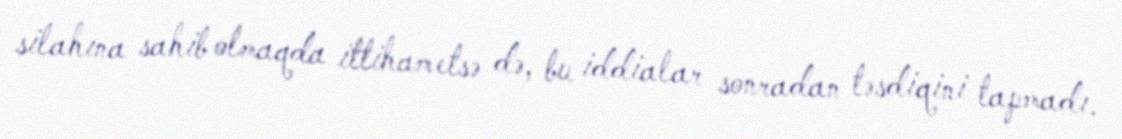
silahına sahib olmaqda ittiham etsə də, bu iddialar sonradan təsdiqini tapmadı.